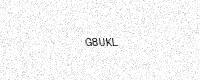
Text: G8UKL